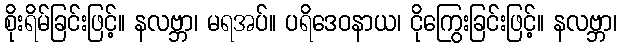
စိုးရိမ်ခြင်းဖြင့်။ နလဗ္ဘာ၊ မရအပ်။ ပရိဒေဝနာယ၊ ငိုကြွေးခြင်းဖြင့်။ နလဗ္ဘာ၊